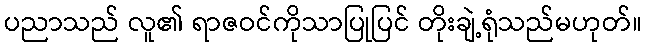
ပညာသည် လူ၏ ရာဇဝင်ကိုသာပြုပြင် တိုးချဲ့ရုံသည်မဟုတ်။